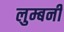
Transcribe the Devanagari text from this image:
लुम्बनी